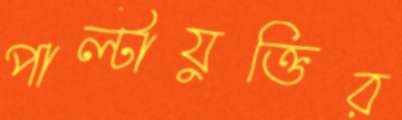
পাল্টাযুক্তির